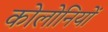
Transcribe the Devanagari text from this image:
कोलोनियों